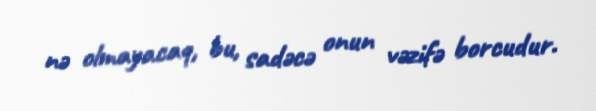
nə olmayacaq, bu, sadəcə onun vəzifə borcudur.